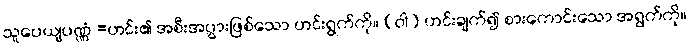
သူပေယျပဏ္ဏံ =ဟင်း၏ အစီးအပွားဖြစ်သော ဟင်းရွက်ကို။ (ဝါ) ဟင်းချက်၍ စားကောင်းသော အရွက်ကို။